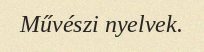
Művészi nyelvek.